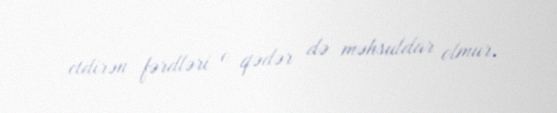
etdirən fərdləri o qədər də məhsuldar olmur.